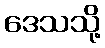
ဒေသသို့